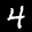
Label: 4